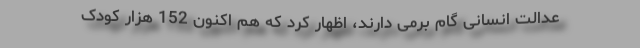
عدالت انسانی گام برمی دارند، اظهار کرد که هم اکنون 152 هزار کودک